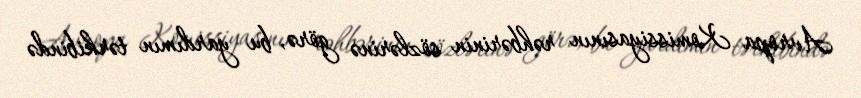
Avropa Komissiyasının rəhbərinin sözlərinə görə, bu yardımın tərkibində